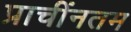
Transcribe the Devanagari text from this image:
प्राचींनतम